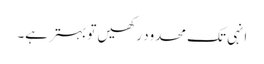
انہی تک محدود رکھیں تو بہتر ہے۔